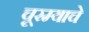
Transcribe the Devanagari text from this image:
चूरम्याचे